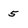
Character: 5